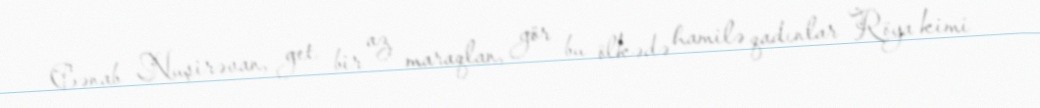
Cənab Nuşirəvan, get bir az maraqlan, gör bu ölkədə hamilə qadınlar Röya kimi